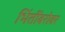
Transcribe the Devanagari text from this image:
भिंतींबरोबर